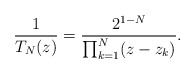
\begin{align*}\frac{1}{T_{N}(z)} = \frac{2^{1-N}}{\prod_{k=1}^{N} ( z - z_{k})}.\end{align*}